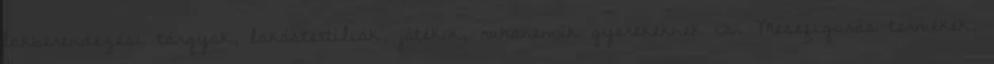
lakberendezési tárgyak, lakástextíliák, játékok, ruhaneműk gyerekeknek is. Mesefigurás termékek,